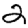
Digit: 2